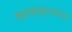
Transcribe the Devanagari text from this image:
कामकाजाचा